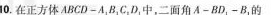
10.在正方体ABCD-A_{1}，B_{1}C_{1}D_{1}中，二面角A-BD_{1}-B_{1}的